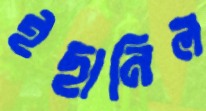
ইছানিল